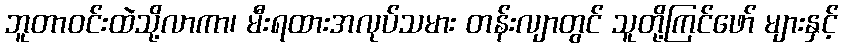
ဘူတာဝင်းထဲသို့လာကာ၊ မီးရထားအလုပ်သမား တန်းလျာတွင် သူတို့ကြင်ဖော် များနှင့်